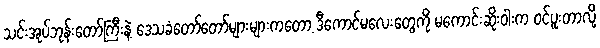
သင်းအုပ်ဘုန်းတော်ကြီးနဲ့ ဒေသခံတော်တော်များများကတော့ ဒီကောင်မလေးတွေကို မကောင်းဆိုးဝါးက ဝင်ပူးတာလို့